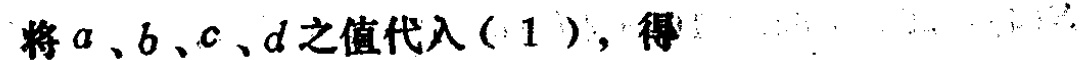
将\(a\)、\(b\)、\(c\)、\(d\)之值代入\((1)\)，得